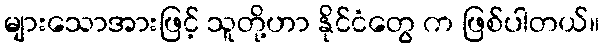
များသောအားဖြင့် သူတို့ဟာ နိုင်ငံတွေ က ဖြစ်ပါတယ်။